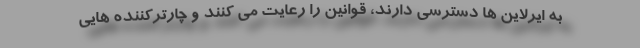
به ایرلاین ها دسترسی دارند، قوانین را رعایت می کنند و چارترکننده هایی